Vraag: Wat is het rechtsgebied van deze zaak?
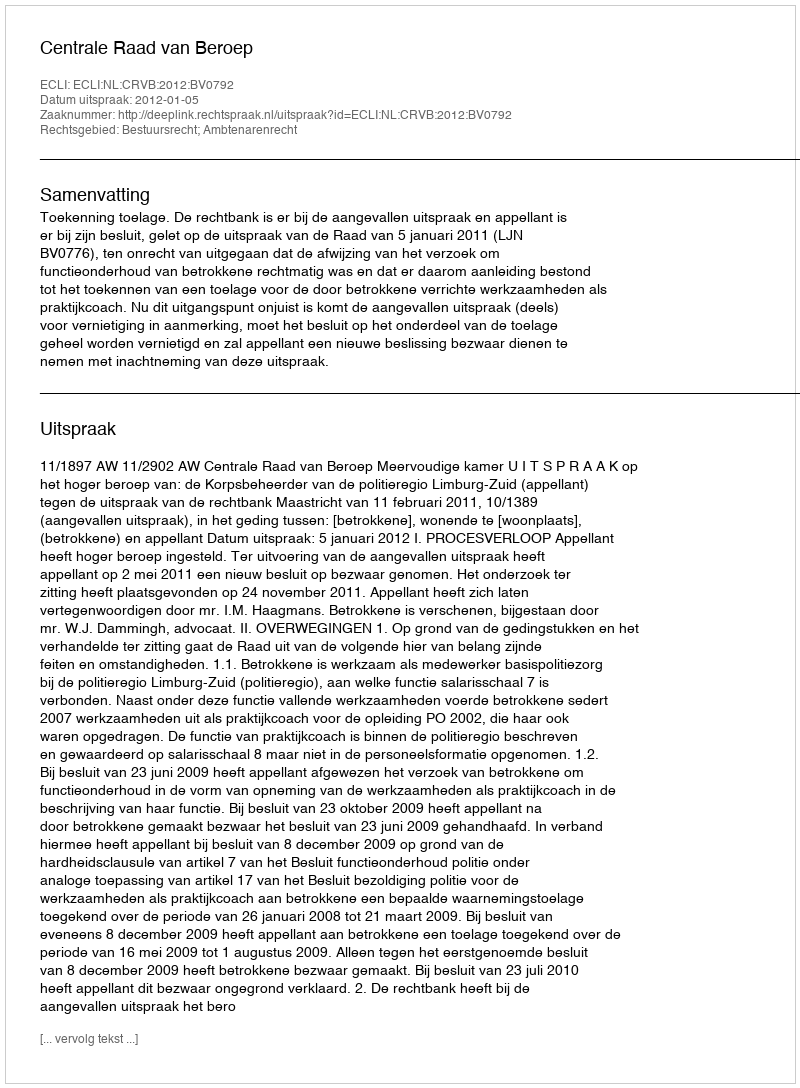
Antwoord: Bestuursrecht; Ambtenarenrecht